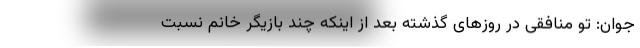
جوان: تو منافقی در روزهای گذشته بعد از اینکه چند بازیگر خانم نسبت